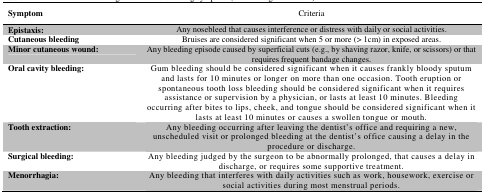
| Symptom | Criteria |
 | --- | --- |
 | Epistaxis: | Any nosebleed that causes interference or distress with daily or social activities. |
 | Cutaneous bleeding | Bruises are considered significant when 5 or more (> 1cm) in exposed areas. |
 | Minor cutaneous wound: | Any bleeding episode caused by superficial cuts (e.g., by shaving razor, knife, or scissors) or that requires frequent bandage changes. |
 | Oral cavity bleeding: | Gum bleeding should be considered significant when it causes frankly bloody sputum and lasts for 10 minutes or longer on more than one occasion. Tooth eruption or spontaneous tooth loss bleeding should be considered significant when it requires assistance or supervision by a physician, or lasts at least 10 minutes. Bleeding occurring after bites to lips, cheek, and tongue should be considered significant when it lasts at least 10 minutes or causes a swollen tongue or mouth. |
 | Tooth extraction: | Any bleeding occurring after leaving the dentist’s office and requiring a new, unscheduled visit or prolonged bleeding at the dentist’s office causing a delay in the procedure or discharge. |
 | Surgical bleeding: | Any bleeding judged by the surgeon to be abnormally prolonged, that causes a delay in discharge, or requires some supportive treatment. |
 | Menorrhagia: | Any bleeding that interferes with daily activities such as work, housework, exercise or social activities during most menstrual periods. |